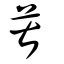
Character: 葚